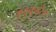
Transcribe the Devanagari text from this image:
एस्कुइरेल